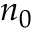
n _ { 0 }